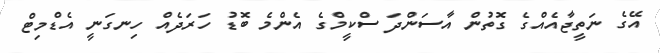
އޭގެ ނަތީޖާއެއްގެ ގޮތުން އާސަންދަ ސްކީމްގެ އެންމެ ބޮޑު ހަރަދެއް ހިނގަނީ އެޑްމިޓް